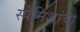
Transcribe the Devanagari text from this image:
स्पॅनिशांचा